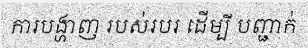
ការបង្ហាញ របស់របរ ដើម្បី បញ្ជាក់